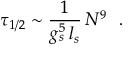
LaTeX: \tau _ { 1 / 2 } \sim { \frac { 1 } { g _ { s } ^ { 5 } \, l _ { s } } } \, N ^ { 9 } ~ ~ .